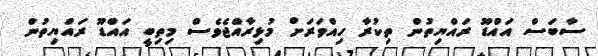
ސާބަސް އައްޑޫ ރައްޔިތުން ތިކުރާ ހިއްވަރަށް މުޅިރާއްޖެވެސް މިތިބީ އައްޑޫ ރައްޔިތުން